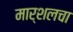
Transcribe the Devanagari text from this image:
मार्शलचा